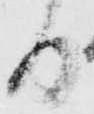
る